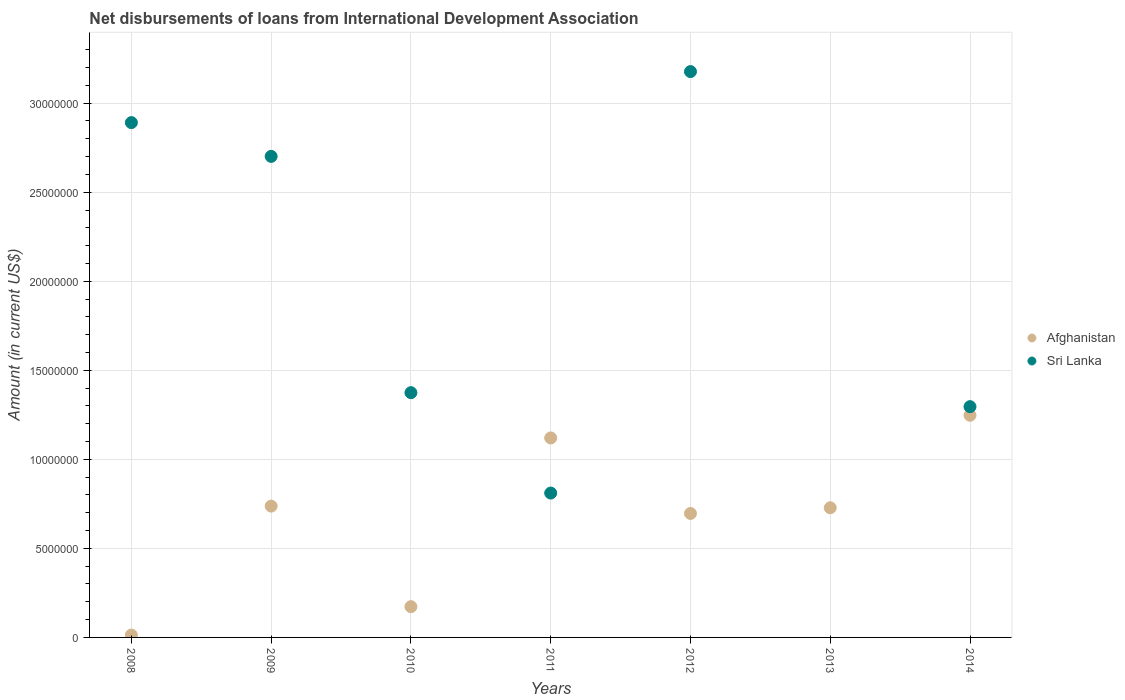
| Years | Afghanistan | Sri Lanka |
 | --- | --- | --- |
 | 2008 | 1.33e+05 | 2.89e+07 |
 | 2009 | 7.37e+06 | 2.7e+07 |
 | 2010 | 1.73e+06 | 1.37e+07 |
 | 2011 | 1.12e+07 | 8.11e+06 |
 | 2012 | 6.96e+06 | 3.18e+07 |
 | 2013 | 7.28e+06 | -1.24e+07 |
 | 2014 | 1.25e+07 | 1.3e+07 |